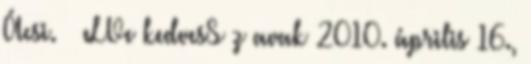
Ácsi. – eLVe kedvesS z avak 2010. április 16.,